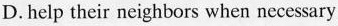
D.help their neighbors when necessary